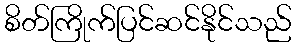
စိတ်ကြိုက်ပြင်ဆင်နိုင်သည်